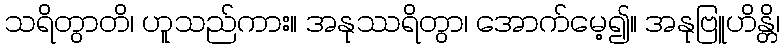
သရိတွာတိ၊ ဟူသည်ကား။ အနုဿရိတွာ၊ အောက်မေ့၍။ အနုဗြူဟိန္တိ၊